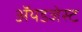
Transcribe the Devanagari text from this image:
ॲयडजेस्ट